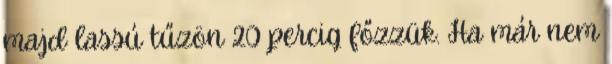
majd lassú tűzön 20 percig főzzük. Ha már nem